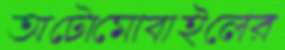
অটোমোবাইলের